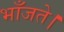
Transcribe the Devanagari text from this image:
भाँजते।